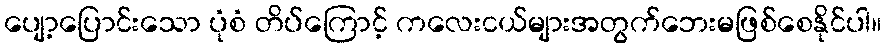
ပျော့ပြောင်းသော ပုံစံ တိပ်ကြောင့် ကလေးငယ်များအတွက်ဘေးမဖြစ်စေနိုင်ပါ။